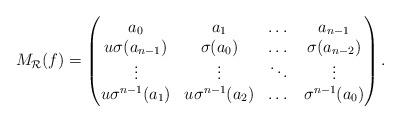
LaTeX: \begin{align*}M_{\mathcal{R}}(f) = \begin{pmatrix}a_0 & a_1 & \dots & a_{n-1} \\u \sigma(a_{n-1}) & \sigma(a_0) & \dots & \sigma(a_{n-2}) \\\vdots & \vdots & \ddots & \vdots \\u \sigma^{n-1}(a_1) & u \sigma^{n-1}(a_2) & \dots & \sigma^{n-1}(a_0)\end{pmatrix}.\end{align*}